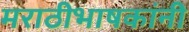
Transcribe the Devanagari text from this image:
मराठीभाषकांनी